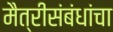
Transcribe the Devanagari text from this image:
मैत्रीसंबंधांचा